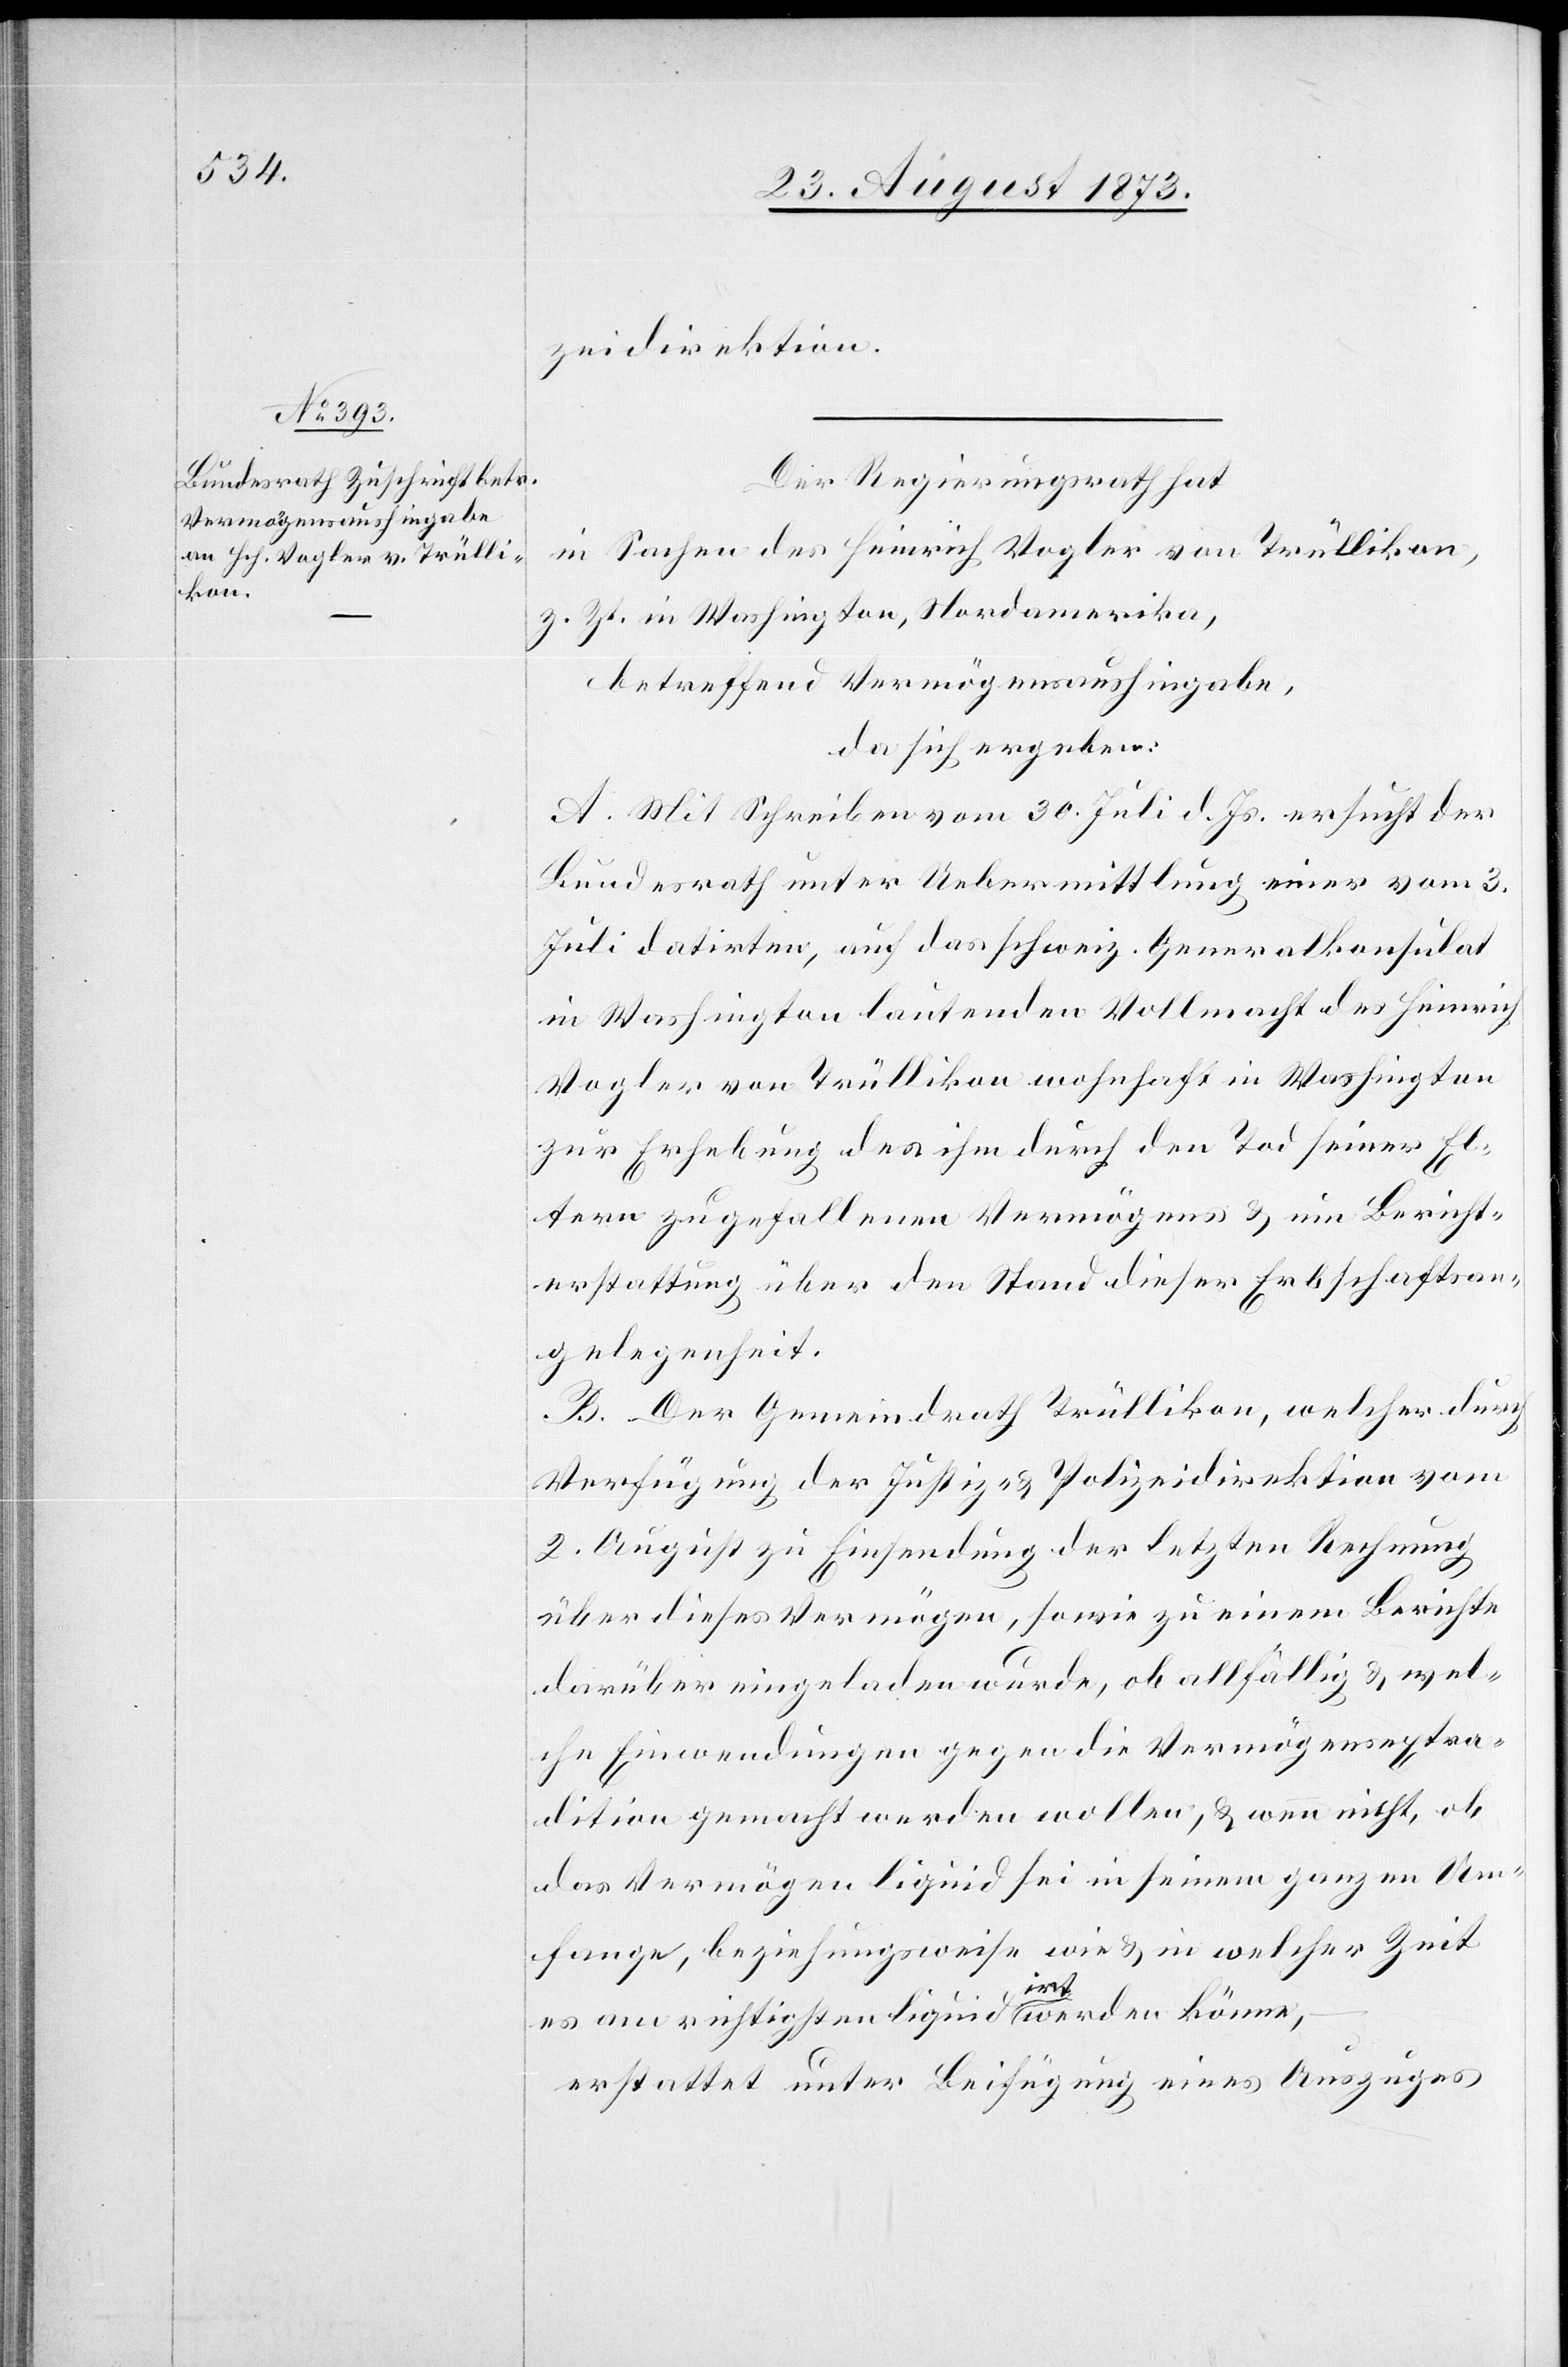
zeidirektion.
Der Regierungsrath hat
in Sachen des Heinrich Vogler von Trüllikon,
z. Zt. in Washington, Nordamerika,
betreffend Vermögensaushingabe,
da sich ergeben:
A. Mit Schreiben vom 30. Juli d. Js. ersucht der
Bundesrath unter Uebermittlung einer vom 3.
Juli datirten, auf das schweiz. Generalkonsulat
in Washington lautenden Vollmacht des Heinrich
Vogler von Trüllikon wohnhaft in Washington
zur Erhebung des ihm durch den Tod seiner El¬
tern zugefallenen Vermögens & um Bericht¬
erstattung über den Stand dieser Erbschaftsan¬
gelegenheit.
B. Der Gemeindrath Trüllikon, welcher durch
Verfügung der Justiz- & Polizeidirektion vom
2. August zu Einsendung der letzten Rechnung
über dieses Vermögen, sowie zu einem Berichte
darüber eingeladen wurde, ob allfällig & wel¬
che Einwendungen gegen die Vermögensextra¬
dition gemacht werden wollen, & wenn nicht, ob
das Vermögen liquid sei in seinem ganzen Um¬
fange, beziehungsweise wie & in welcher Zeit
es am richtigsten liquidirt werden könne,
erstattet unter Beifügung eines Auszuges